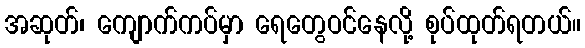
အဆုတ်၊ ကျောက်ကပ်မှာ ရေတွေဝင်နေလို့ စုပ်ထုတ်ရတယ်။